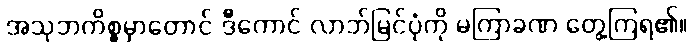
အသုဘကိစ္စမှာတောင် ဒီကောင် လာဘ်မြင်ပုံကို မကြာခဏ တွေ့ကြရ၏။